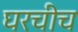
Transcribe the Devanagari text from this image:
घरचीच